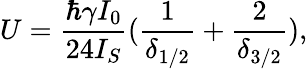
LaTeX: U=\frac{\hbar\gamma I_{0}}{24I_{S}}(\frac{1}{\delta_{1/2}}+\frac{2}{\delta_{3/2}}),